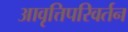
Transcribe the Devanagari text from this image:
आवृत्तिपरिवर्तन